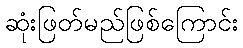
ဆုံးဖြတ်မည်ဖြစ်ကြောင်း